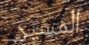
المسير